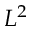
L ^ { 2 }